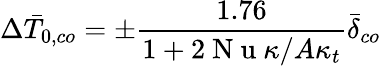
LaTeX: \Delta\bar{T}_{0,co}=\pm\frac{1.76}{1+2\mathrm{~N~u~}\kappa/A\kappa_{t}}\bar{\delta}_{co}\